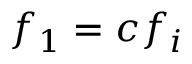
f _ { 1 } = c f _ { i }